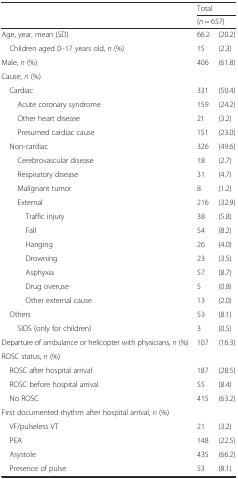
| <ROWSPAN=2>  | <COLSPAN=2> Total |
 | <COLSPAN=2> (n = 657) |
 | --- | --- | --- |
 | Age, year, mean (SD) | 66.2 | (20.2) |
 | Children aged 0–17 years old, n (%) | 15 | (2.3) |
 | Male, n (%) | 406 | (61.8) |
 | Cause, n (%) |  |  |
 | Cardiac | 331 | (50.4) |
 | Acute coronary syndrome | 159 | (24.2) |
 | Other heart disease | 21 | (3.2) |
 | Presumed cardiac cause | 151 | (23.0) |
 | Non-cardiac | 326 | (49.6) |
 | Cerebrovascular disease | 18 | (2.7) |
 | Respiratory disease | 31 | (4.7) |
 | Malignant tumor | 8 | (1.2) |
 | External | 216 | (32.9) |
 | Traffic injury | 38 | (5.8) |
 | Fall | 54 | (8.2) |
 | Hanging | 26 | (4.0) |
 | Drowning | 23 | (3.5) |
 | Asphyxia | 57 | (8.7) |
 | Drug overuse | 5 | (0.8) |
 | Other external cause | 13 | (2.0) |
 | Others | 53 | (8.1) |
 | SIDS (only for children) | 3 | (0.5) |
 | Departure of ambulance or helicopter with physicians, n (%) | 107 | (16.3) |
 | ROSC status, n (%) |  |  |
 | ROSC after hospital arrival | 187 | (28.5) |
 | ROSC before hospital arrival | 55 | (8.4) |
 | No ROSC | 415 | (63.2) |
 | First documented rhythm after hospital arrival, n (%) |  |  |
 | VF/pulseless VT | 21 | (3.2) |
 | PEA | 148 | (22.5) |
 | Asystole | 435 | (66.2) |
 | Presence of pulse | 53 | (8.1) |